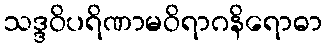
သဒ္ဒဝိပရိဏာမဝိရာဂနိရောဓာ